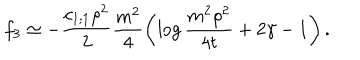
f _ { 3 } \simeq - \frac { c _ { 1 ; 1 } \rho ^ { 2 } } { 2 } \frac { m ^ { 2 } } { 4 } \left( \log \frac { m ^ { 2 } \rho ^ { 2 } } { 4 t } + 2 \gamma - 1 \right) .